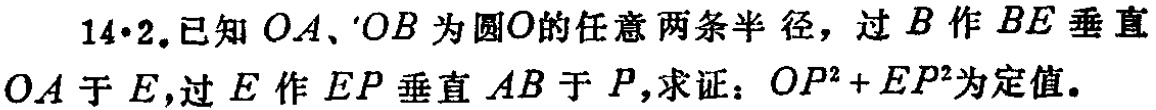
14·2.已知 \(OA\)、\(OB\) 为圆 \(O\) 的任意两条半径，过 \(B\) 作 \(BE\) 垂直 \(OA\) 于 \(E\)，过 \(E\) 作 \(EP\) 垂直 \(AB\) 于 \(P\)，求证：\(OP^{2}+EP^{2}\)为定值。